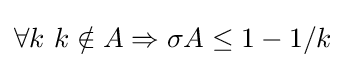
\forall k\ k\notin A\Rightarrow \sigma A\leq 1-1/k